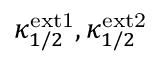
\kappa _ { 1 / 2 } ^ { \mathrm { e x t 1 } } , \kappa _ { 1 / 2 } ^ { \mathrm { e x t 2 } }